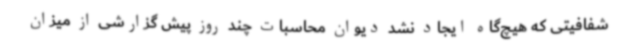
شفافیتی که هیچ‌گاه ایجاد نشد دیوان محاسبات چند روز پیش گزارشی از میزان